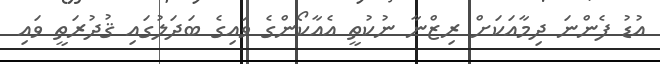
އުޑު ފެންނަ ދިމާއަކަށް ރިޒްނާ ނުކުތީ އެއާކޯންގެ ވައިގެ ބަދަލުގައި ޤުދުރަތީ ވައި